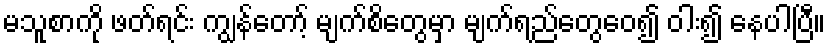
မသူစာကို ဖတ်ရင်း ကျွန်တော့် မျက်စိတွေမှာ မျက်ရည်တွေဝေ၍ ဝါး၍ နေပါပြီ။